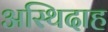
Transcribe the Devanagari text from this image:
अस्थिदाह